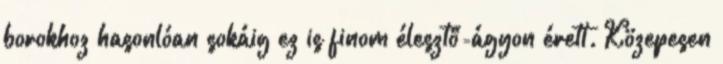
borokhoz hasonlóan sokáig ez is finom élesztő-ágyon érett. Közepesen